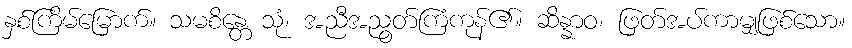
နှစ်ကြိမ်မြောက်။ သမစိန္တေ သုံ၊ အညီအညွတ်ကြံကုန်၏။ ဆိန္နာဝ၊ ဖြတ်အပ်ကာမျှဖြစ်သော။